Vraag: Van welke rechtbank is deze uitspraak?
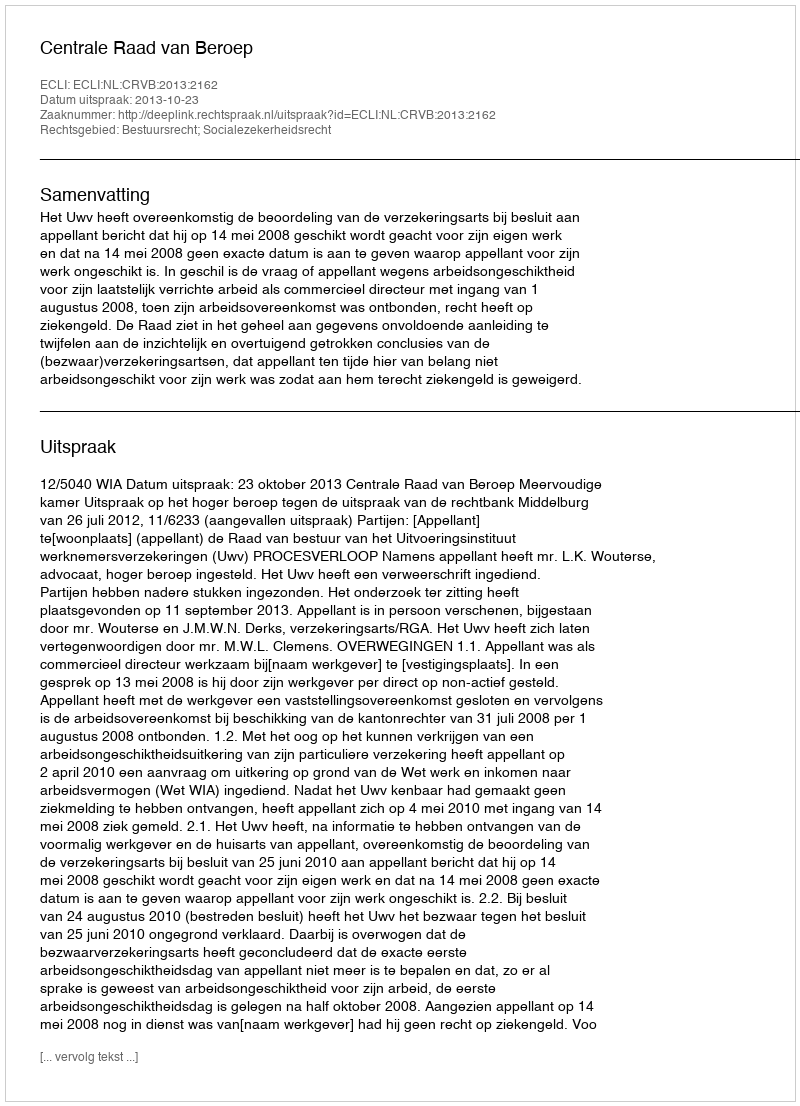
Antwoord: Centrale Raad van Beroep